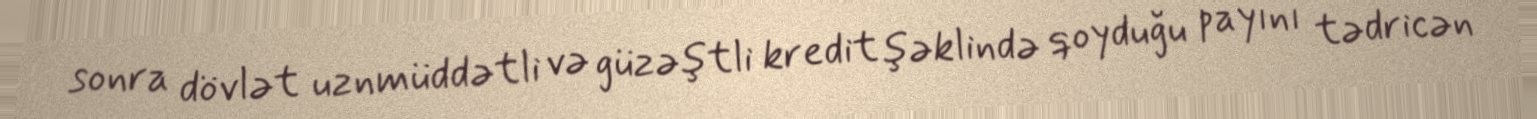
sonra dövlət uznmüddətli və güzəştli kredit şəklində qoyduğu payını tədricən